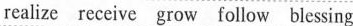
realize receive grow follow blessing